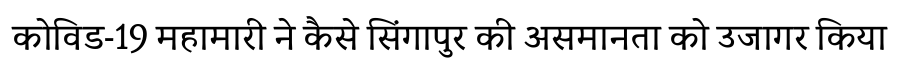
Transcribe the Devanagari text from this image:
कोविड-19 महामारी ने कैसे सिंगापुर की असमानता को उजागर किया